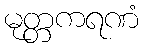
မုတ္တကရဏံ